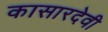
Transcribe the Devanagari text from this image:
कासारदेवी